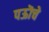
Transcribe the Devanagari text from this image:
पऊॊचे